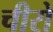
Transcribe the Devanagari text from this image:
चीरो